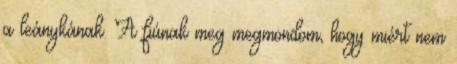
a leánykának. A fiúnak meg megmondom, hogy miért nem